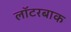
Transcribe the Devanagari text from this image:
लॉटरबाक